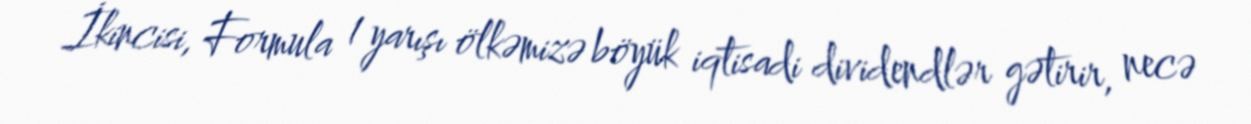
İkincisi, Formula 1 yarışı ölkəmizə böyük iqtisadi dividendlər gətirir, necə